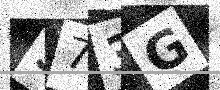
Text: S73G